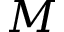
M